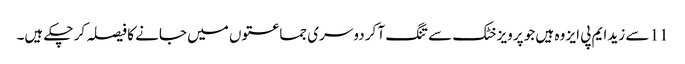
11 سے زید ایم پی ایز وہ ہیں جو پرویز خٹک سے تنگ آ کر دوسری جماعتوں میں جانے کا فیصلہ کر چکے ہیں۔